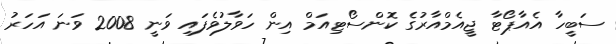
ސަބީހާ އެއާޕޯޓާ ޖީއެމްއާރުގެ ކޮންސޯޓިއަމް އިން ހަވާލުވެފައި ވަނީ 2008 ވަނަ އަހަރު